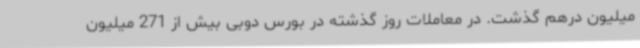
میلیون درهم گذشت. در معاملات روز گذشته در بورس دوبی بیش از 271 میلیون